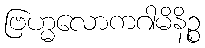
ဗြဟ္မလောကဂါမိနိဉ္စ